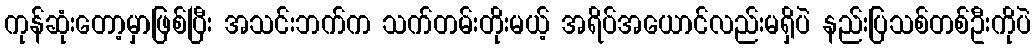
ကုန်ဆုံးတော့မှာဖြစ်ပြီး အသင်းဘက်က သက်တမ်းတိုးမယ့် အရိပ်အယောင်လည်းမရှိပဲ နည်းပြသစ်တစ်ဦးကိုပဲ